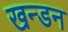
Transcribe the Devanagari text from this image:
खन्डन